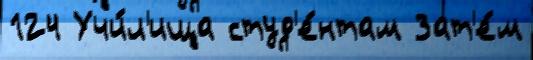
124 Учи́л'ища студ'е́нтам Зат'е́м